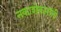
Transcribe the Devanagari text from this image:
नकाशेकारांनी